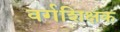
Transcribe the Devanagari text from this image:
वर्गशिक्षक